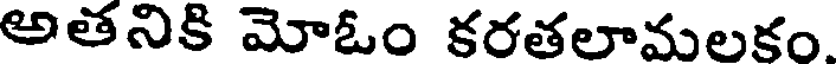
అతనికి మోఓం కరతలామలకం